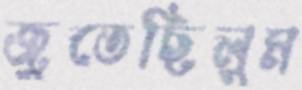
জুতেছিলুম